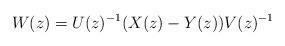
LaTeX: \begin{align*}W(z)=U(z)^{-1}(X(z)-Y(z))V(z)^{-1}\end{align*}